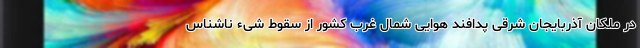
در ملکان آذربایجان شرقی پدافند هوایی شمال غرب کشور از سقوط شیء ناشناس